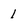
Character: 1